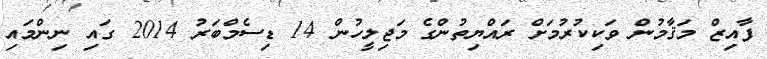
ފާއިޒް މަޤާމުން ވަކިކުރުމަށް ރައްޔިތުންގެ މަޖިލީހުން 14 ޑިސެމްބަރު 2014 ގައި ނިންމައި